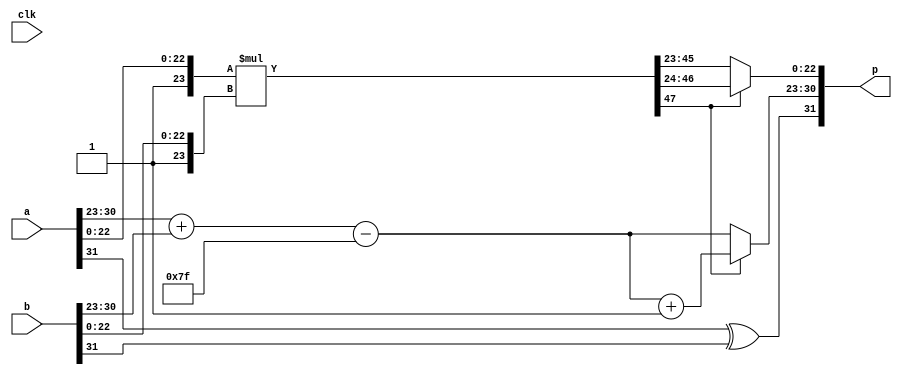
module FP_Mul #(parameter P=32, biasSP=8'd127)(
	
	input wire clk,
	input wire [P-1:0] a,       //Dato entrada x
	input wire [P-1:0] b,       //Dato entrada y
	output wire [P-1:0] p       //Dato de Salida
	);
	
	wire [22:0] am, bm; 	    //Mantisa de entrada
	wire [7:0] ae,be;           //exponente de salida
	
	assign am = a[22:0];
	assign bm = b[22:0];
	assign ae = a[30:23];
	assign be = b[30:23];
	
	reg [22:0] pm;		 	    //Mantisa de salida
	reg [7:0] pe;			    //Exponente salida
    	                         
	//Registros internos
	reg [47:0] pmTemp;		    //Mantisa
	reg [7:0] peTemp;	      	    //Exponente
	reg [23:0] xm;			    //Redondeo/Incremento
	
    always@*
    begin
        pmTemp = {1'b1,am}*{1'b1,bm};                    //Multiplicacin mantisas
        peTemp = (ae+be)-biasSP;                         //Suma de exponentes y resta del valor de bias
        xm = pmTemp[47] ? pmTemp[46:24] : pmTemp[45:23]; //Asignar mantisa
        pe = pmTemp[47] ? peTemp+1 : peTemp;             //Asignar exponente
        pm = xm[22:0];                                   //Mantisa salida
        pe = xm[23] ? pe+1 : pe;                         //Exponente salida
	end
	
	assign p = {(a[31]^b[31]),{pe,pm}};              //Concatenacin signo+exponente+mantisa

endmodule